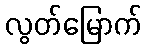
လွတ်မြောက်